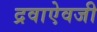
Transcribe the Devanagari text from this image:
द्रवाऐवजी